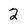
Character: 2